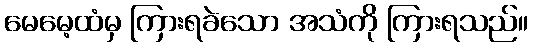
မေမေ့ထံမှ ကြားရခဲသော အသံကို ကြားရသည်။